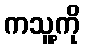
ကသူ့ကို